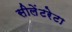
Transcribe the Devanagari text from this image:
सीलेंटरेटा